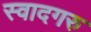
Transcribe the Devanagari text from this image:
स्वादगरु